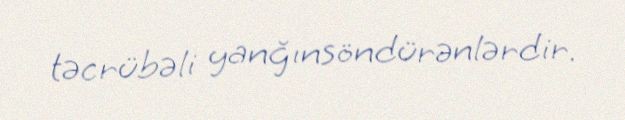
təcrübəli yanğınsöndürənlərdir.